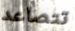
تتصاعد